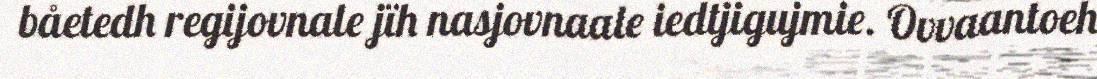
båetedh regijovnale jïh nasjovnaale iedtjigujmie. Ovvaantoeh